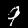
Digit: 9